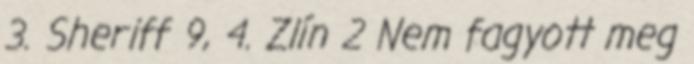
3. Sheriff 9, 4. Zlín 2 Nem fagyott meg